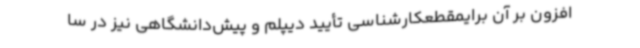
افزون بر آن برایمقطعکارشناسی تأیید دیپلم و پیش‌دانشگاهی نیز در سا